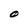
Character: O